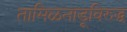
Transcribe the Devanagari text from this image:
तामिळनाडूविरुद्ध